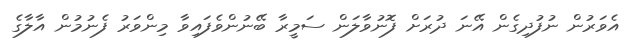
އެވަރުން ނުފުދިގެން އޭނަ ދުރަށް ފޮނުވާލަން ސަމީރާ ބޭނުންވެފައިވާ މިންވަރު ފެނުމުން އާލާގެ